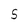
Character: 5